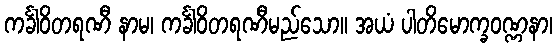
ကင်္ခါဝိတရဏီ နာမ၊ ကင်္ခါဝိတရဏီမည်သော။ အယံ ပါတိမောက္ခဝဏ္ဏနာ၊